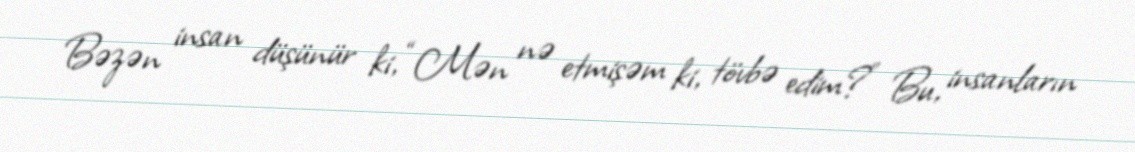
Bəzən insan düşünür ki, “Mən nə etmişəm ki, tövbə edim?” Bu, insanların